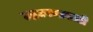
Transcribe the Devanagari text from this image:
उद्धटपणासाठी